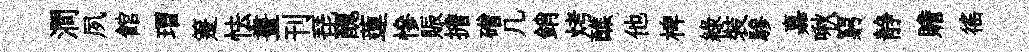
澗夙館瑁箑怯晝刊琵醜蓮慘賑擔磳几銷烤醮他椑綠裝驂嘉啾窮静贍徭